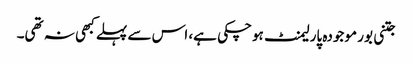
جتنی بور موجودہ پارلیمنٹ ہوچکی ہے، اس سے پہلے کبھی نہ تھی۔